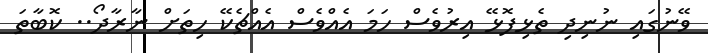
ވޭނުގައި ނުނިދި ތެޅިފޮޅޭ އިރުވެސް ހަމަ އެއްވެސް އެއްޗެކޭ ހިތަށް ނާރާދޯ.. ކޮބާތަ